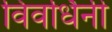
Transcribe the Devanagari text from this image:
विवर्धिनी